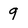
Character: 9